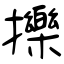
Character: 擽